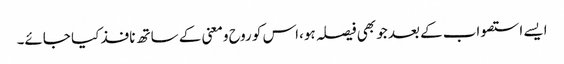
ایسے استصواب کے بعد جو بھی فیصلہ ہو،اس کو روح ومعنی کے ساتھ نافذ کیا جائے۔